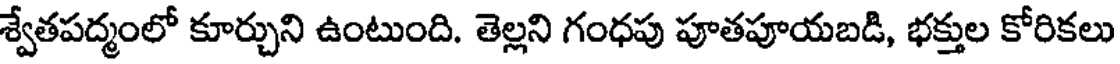
శ్వేతపద్మంలో కూర్చుని ఉంటుంది. తెల్లని గంధపు పూతపూయబడి, భక్తుల కోరికలు